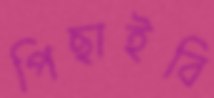
পিছাইবি